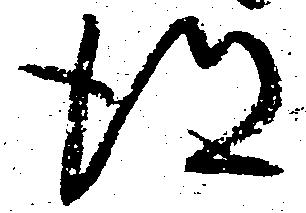
得